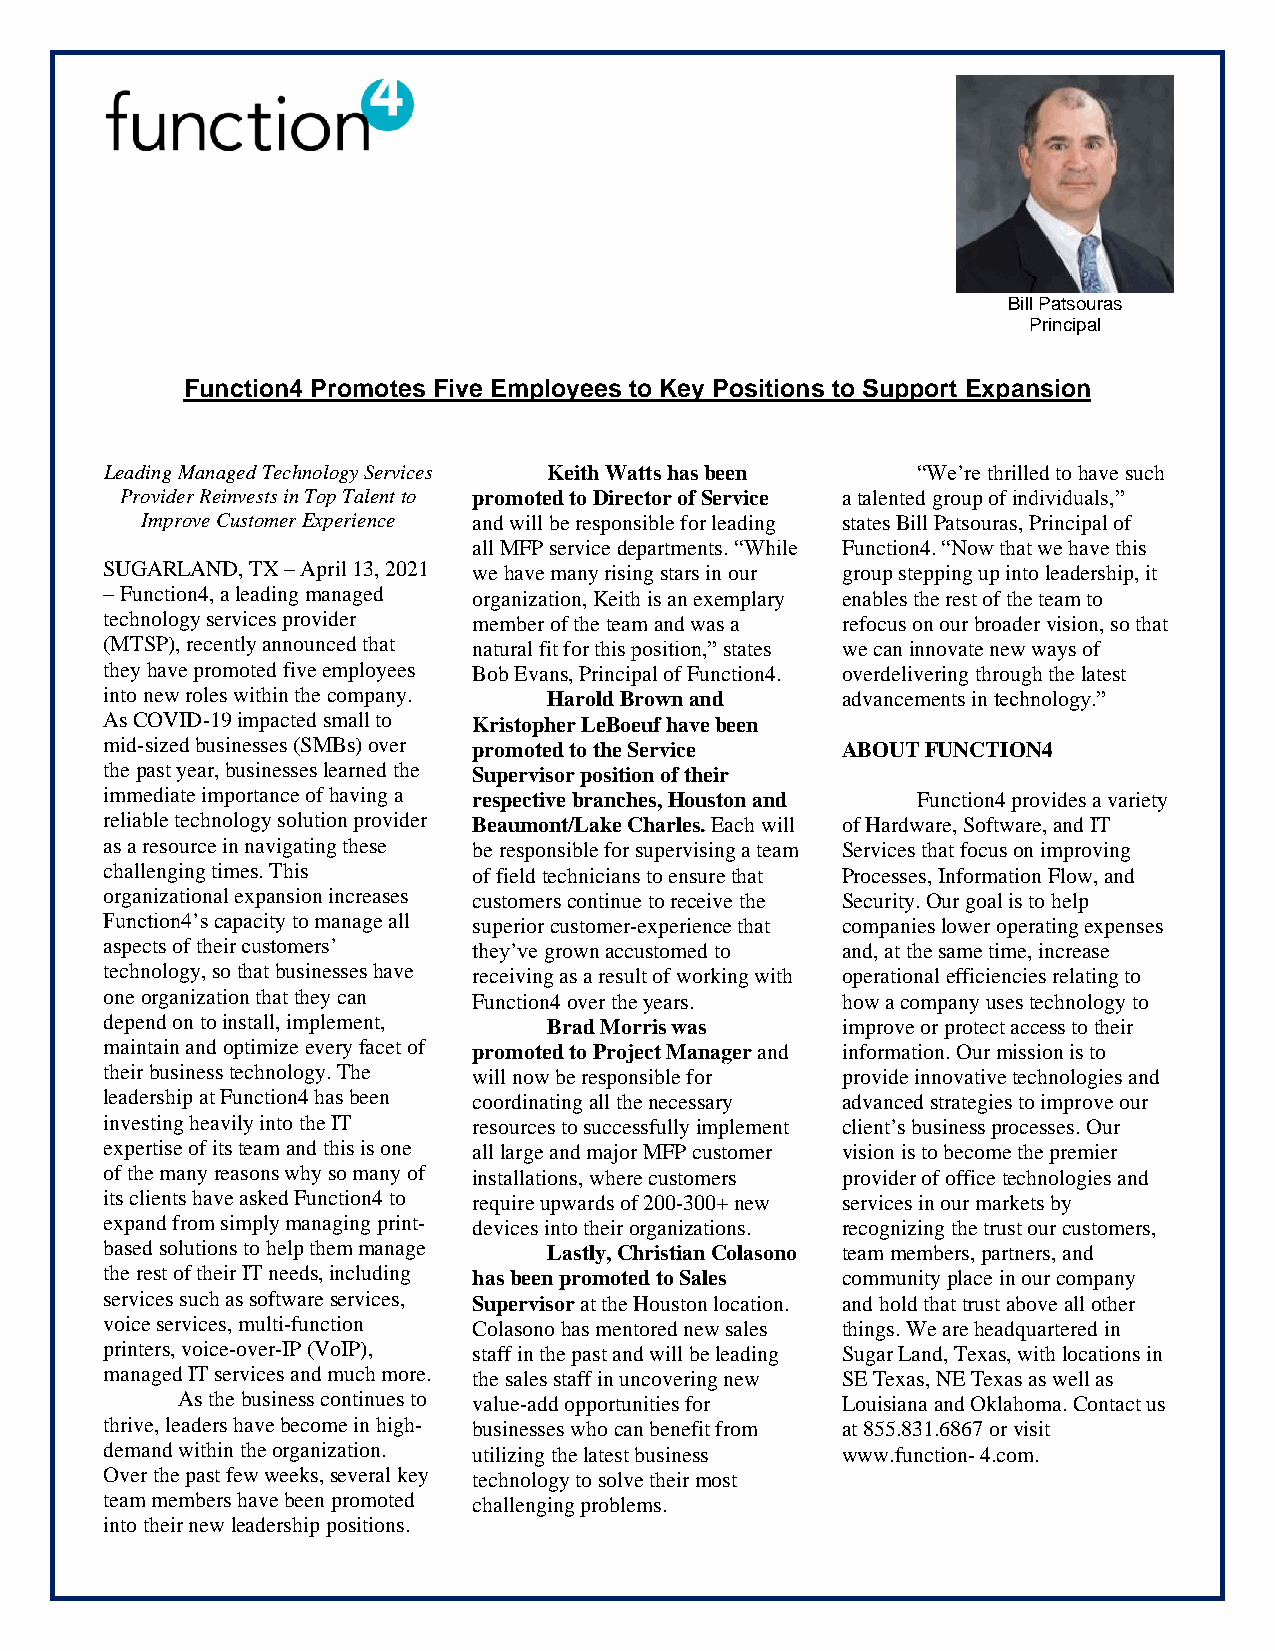
Bill Patsouras
 Principal
 Function4 Promotes Five Employees to Key Positions to Support Expansion
 Leading Managed Technology Services Keith Watts has been “We’re thrilled to have such
 Provider Reinvests in Top Talent to promoted to Director of Service a talented group of individuals,”
 Improve Customer Experience and will be responsible for leading states Bill Patsouras, Principal of
 all MFP service departments. “While Function4. “Now that we have this
 SUGARLAND, TX – April 13, 2021 we have many rising stars in our group stepping up into leadership, it
 – Function4, a leading managed organization, Keith is an exemplary enables the rest of the team to
 technology services provider member of the team and was a refocus on our broader vision, so that
 (MTSP), recently announced that natural fit for this position,” states we can innovate new ways of
 they have promoted five employees Bob Evans, Principal of Function4. overdelivering through the latest
 into new roles within the company. Harold Brown and advancements in technology.”
 As COVID-19 impacted small to Kristopher LeBoeuf have been
 mid-sized businesses (SMBs) over promoted to the Service ABOUT FUNCTION4
 the past year, businesses learned the Supervisor position of their
 immediate importance of having a respective branches, Houston and Function4 provides a variety
 reliable technology solution provider Beaumont/Lake Charles. Each will of Hardware, Software, and IT
 as a resource in navigating these be responsible for supervising a team Services that focus on improving
 challenging times. This of field technicians to ensure that Processes, Information Flow, and
 organizational expansion increases customers continue to receive the Security. Our goal is to help
 Function4’s capacity to manage all superior customer-experience that companies lower operating expenses
 aspects of their customers’ they’ve grown accustomed to and, at the same time, increase
 technology, so that businesses have receiving as a result of working with operational efficiencies relating to
 one organization that they can Function4 over the years. how a company uses technology to
 depend on to install, implement, Brad Morris was improve or protect access to their
 maintain and optimize every facet of promoted to Project Manager and information. Our mission is to
 their business technology. The will now be responsible for provide innovative technologies and
 leadership at Function4 has been coordinating all the necessary advanced strategies to improve our
 investing heavily into the IT resources to successfully implement client’s business processes. Our
 expertise of its team and this is one all large and major MFP customer vision is to become the premier
 of the many reasons why so many of installations, where customers provider of office technologies and
 its clients have asked Function4 to require upwards of 200-300+ new services in our markets by
 expand from simply managing print- devices into their organizations. recognizing the trust our customers,
 based solutions to help them manage Lastly, Christian Colasono team members, partners, and
 the rest of their IT needs, including has been promoted to Sales community place in our company
 services such as software services, Supervisor at the Houston location. and hold that trust above all other
 voice services, multi-function Colasono has mentored new sales things. We are headquartered in
 printers, voice-over-IP (VoIP), staff in the past and will be leading Sugar Land, Texas, with locations in
 managed IT services and much more. the sales staff in uncovering new SE Texas, NE Texas as well as
 As the business continues to value-add opportunities for Louisiana and Oklahoma. Contact us
 thrive, leaders have become in high- businesses who can benefit from at 855.831.6867 or visit
 demand within the organization. utilizing the latest business www.function- 4.com.
 Over the past few weeks, several key technology to solve their most
 team members have been promoted challenging problems.
 into their new leadership positions.